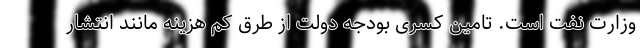
وزارت نفت است. تامین کسری بودجه دولت از طرق کم هزینه مانند انتشار